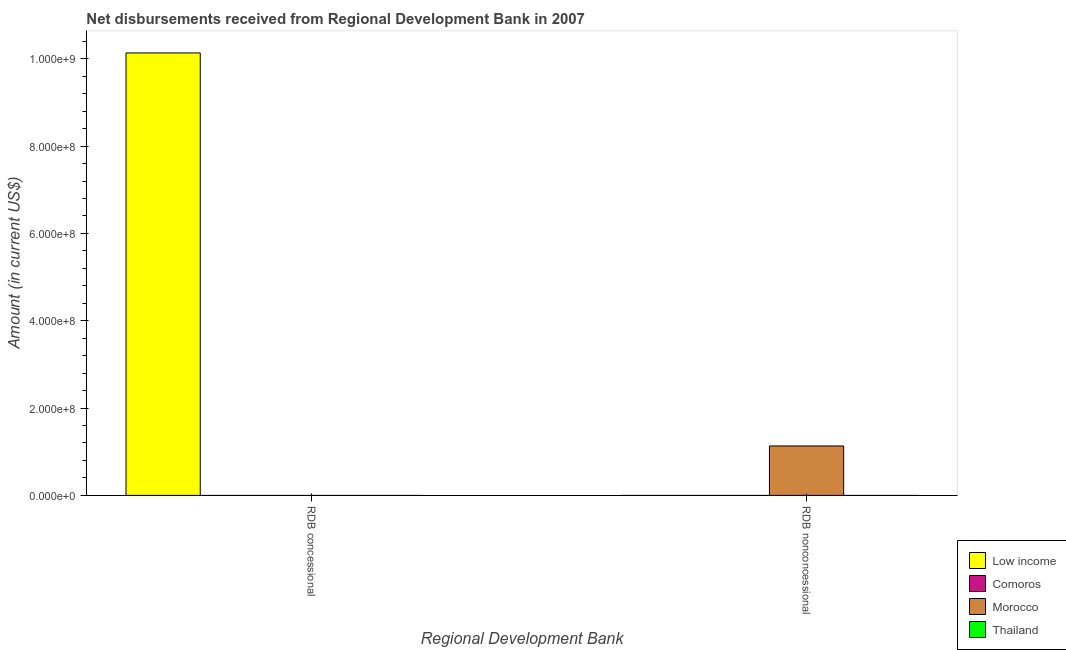
| Regional Development Bank | Low income | Comoros | Morocco | Thailand |
 | --- | --- | --- | --- | --- |
 | RDB concessional | 1.01e+09 | -4.2e+05 | -9.21e+05 | -3.76e+06 |
 | RDB nonconcessional | -8.02e+07 | -9.54e+06 | 1.13e+08 | -4.23e+07 |